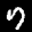
Label: 7